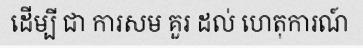
ដើម្បី ជា ការសម គួរ ដល់ ហេតុការណ៍